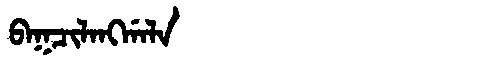
Manchu: ᠪᠠᡴᠴᡳᠯᠠᠩᡤᠠᠯᠠ
Romanization: BAKCILANGGALA